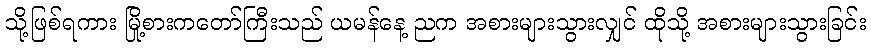
သို့ဖြစ်ရကား မြို့စားကတော်ကြီးသည် ယမန်နေ့ ညက အစားများသွားလျှင် ထိုသို့ အစားများသွားခြင်း